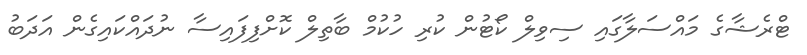
ޓްރެޝާގެ މައްސަލާގައި ސިވިލް ކޯޓުން ކުރި ހުކުމް ބާތިލް ކޮށްފިފައިސާ ނުދައްކައިގެން އަދަބު